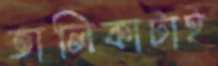
তালিকাটাই